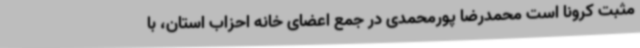
مثبت کرونا است محمدرضا پورمحمدی در جمع اعضای خانه احزاب استان، با